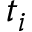
t _ { i }